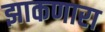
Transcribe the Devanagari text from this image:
झाकणारा